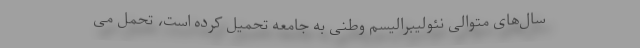
سال‌های متوالی نئولیبرالیسم وطنی به جامعه تحمیل کرده است، تحمل می